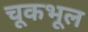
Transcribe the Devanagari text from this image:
चूकभूल